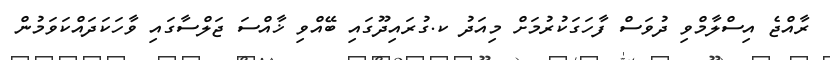
ރާއްޖެ އިސްލާމްވި ދުވަސް ފާހަގަކުރުމަށް މިއަދު ކ.ގުރައިދޫގައި ބޭއްވި ޚާއްސަ ޖަލްސާގައި ވާހަކަދައްކަވަމުން